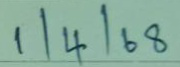
1 / 4 / 68